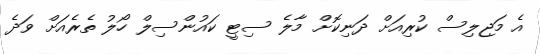
އެ މަޖިލިސް ކުރިއަށް ދަނިކޮށް މާލެ ސިޓީ ކައުންސިލް ހޯލު ތެރެއަށް ވަދެ